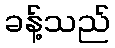
ခန့်သည်